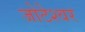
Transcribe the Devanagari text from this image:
जोटेश्‍वर